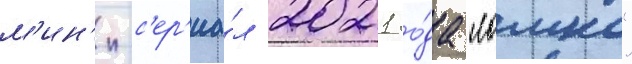
м'ин'и-с'ер'иа́л 2021 го́да "ломка"